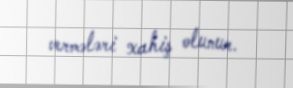
vermələri xahiş olunur.